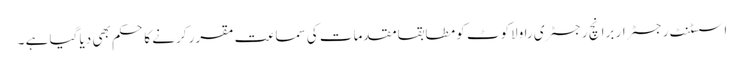
اسسٹنٹ رجسٹرار برانچ رجسٹری راولاکوٹ کو مطابقاًمقدمات کی سماعت مقرر کرنے کا حکم بھی دیا گیا ہے ۔